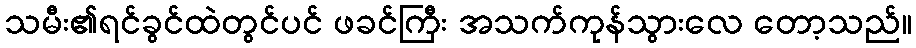
သမီး၏ရင်ခွင်ထဲတွင်ပင် ဖခင်ကြီး အသက်ကုန်သွားလေ တော့သည်။